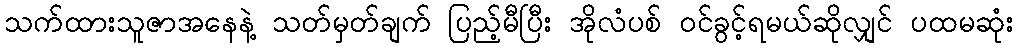
သက်ထားသူဇာအနေနဲ့ သတ်မှတ်ချက် ပြည့်မီပြီး အိုလံပစ် ဝင်ခွင့်ရမယ်ဆိုလျှင် ပထမဆုံး